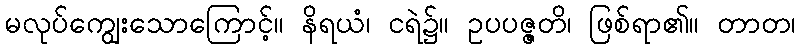
မလုပ်ကျွေးသောကြောင့်။ နိရယံ၊ ငရဲ၌။ ဥပပဇ္ဇတိ၊ ဖြစ်ရာ၏။ တာတ၊